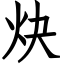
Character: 炔